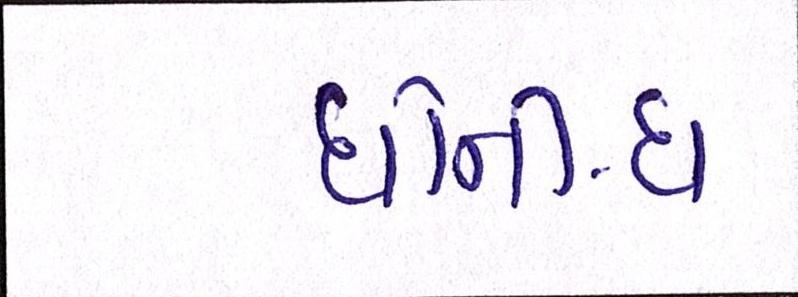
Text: ધોની-ધ